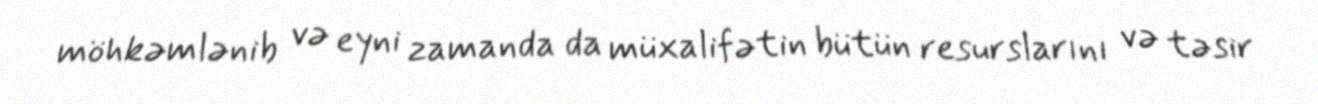
möhkəmlənib və eyni zamanda da müxalifətin bütün resurslarını və təsir